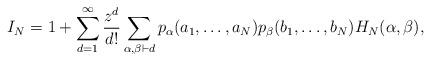
LaTeX: \begin{align*}I_N = 1 + \sum_{d=1}^\infty \frac{z^d}{d!} \sum_{\alpha,\beta \vdash d} p_\alpha(a_1,\dots,a_N)p_\beta(b_1,\dots,b_N) H_N(\alpha,\beta),\end{align*}